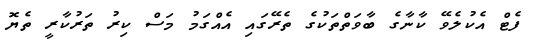
ފެޓް އެކުލެވޭ ކާނާގެ ބާވަތްތަކުގެ ތެރޭގައި އެއްގަމު މަސް ކިރު ތަރުކާރީ ތެޔޮ